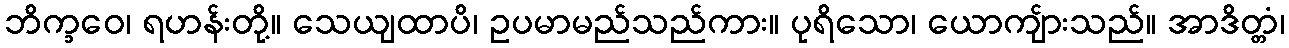
ဘိက္ခဝေ၊ ရဟန်းတို့။ သေယျထာပိ၊ ဥပမာမည်သည်ကား။ ပုရိသော၊ ယောကျ်ားသည်။ အာဒိတ္တံ၊